Civil Veterinary Department. Central Provinces & Berar 1932-41 - 1932-1941
Year: 1932
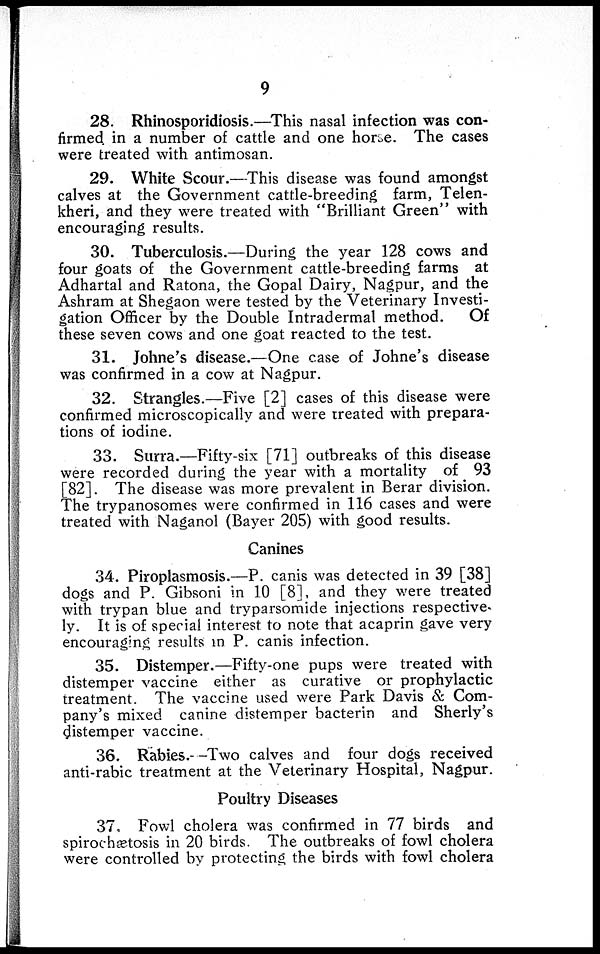
9
28. Rhinosporidiosis.—This nasal infection was con-
firmed in a number of cattle and one horse. The cases
were treated with antimosan.
29. White Scour.—This disease was found amongst
calves at the Government cattle-breeding farm, Telen-
kheri, and they were treated with "Brilliant Green" with
encouraging results.
30. Tuberculosis.—During the year 128 cows and
four goats of the Government cattle-breeding farms at
Adhartal and Ratona, the Gopal Dairy, Nagpur, and the
Ashram at Shegaon were tested by the Veterinary Investi-
gation Officer by the Double Intradermal method.
Of
these seven cows and one goat reacted to the test.
31. Johne's disease.—One case of Johne's disease
was confirmed in a cow at Nagpur.
32. Strangles.—Five [2] cases of this disease were
confirmed microscopically and were treated with prepara-
tions of iodine.
33. Surra.—Fifty-six [71] outbreaks of this disease
were recorded during the year with a mortality of 93
[82]. The disease was more prevalent in Berar division.
The trypanosomes were confirmed in 116 cases and were
treated with Naganol (Bayer 205) with good results.
Canines
34. Piroplasmosis.—P. canis was detected in 39 [38]
dogs and P. Gibsoni in 10 [8], and they were treated
with trypan blue and tryparsomide injections respective-
ly. It is of special interest to note that acaprin gave very
encouraging results in P. canis infection.
35. Distemper.—Fifty-one pups were treated with
distemper vaccine either as curative or prophylactic
treatment. The vaccine used were Park Davis & Com-
pany's mixed canine distemper bacterin and Sherly's
distemper vaccine.
36. Rabies.—Two calves and four dogs received
anti-rabic treatment at the Veterinary Hospital, Nagpur.
Poultry Diseases
37. Fowl cholera was confirmed in 77 birds and
spirochætosis in 20 birds. The outbreaks of fowl cholera
were controlled by protecting the birds with fowl cholera